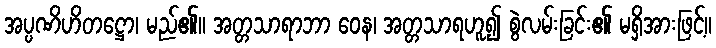
အပ္ပဏိဟိတဋ္ဌော၊ မည်၏။ အတ္တသာရာဘာ ဝေန၊ အတ္တသာရဟူ၍ စွဲလမ်းခြင်း၏ မရှိအားဖြင့်။